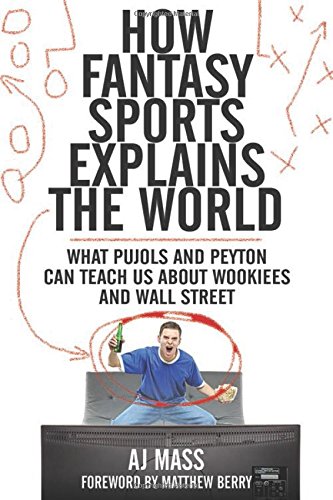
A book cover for How Fantasy Sports Explains the World: What Pujols and Peyton Can Teach Us About Wookiees and Wall Street; AJ Mass; Humor & Entertainment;